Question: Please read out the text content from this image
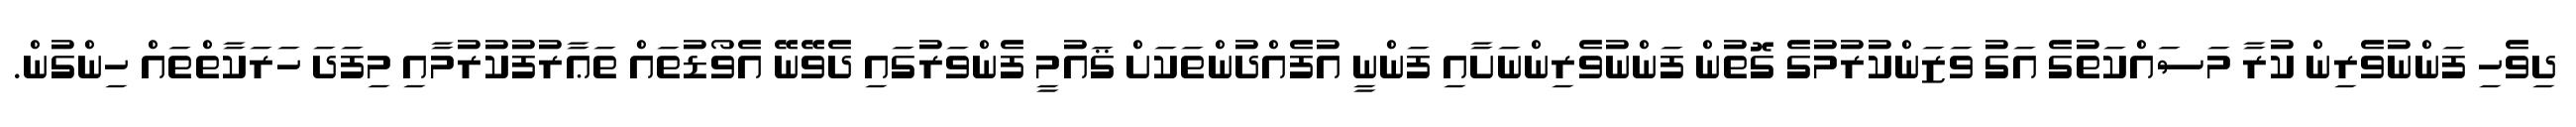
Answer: ދިވެހި ފަންނުވެރިން ކުރާ މަސައްކަތުގެ އަގު ވަޒަންކުރުމުގެ ގޮތުން ފަންނުވެރިންނަށާއި ފަންނީ އުފެއްދުންތަކަށް ޤައުމީ ފެންވަރުގައި ދެވޭނޭ އެވޯޑުތައް ތަޢާރުފުކުރުމާއި މިފަދަ ހަރަކާތްތައް ހިންގުން.